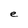
Character: e